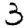
Digit: 3